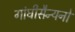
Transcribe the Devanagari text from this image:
गांघीसैन्यनो